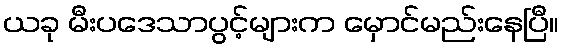
ယခု မီးပဒေသာပွင့်များက မှောင်မည်းနေပြီ။